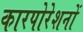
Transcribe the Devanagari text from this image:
कारपोरेशनों